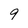
Character: 9